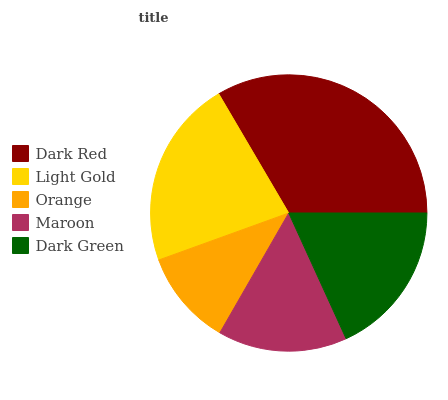
| Dark Red | Light Gold | Orange | Maroon | Dark Green |
 | --- | --- | --- | --- | --- |
 | 33.4% | 22.1% | 11.2% | 15.1% | 18.1% |